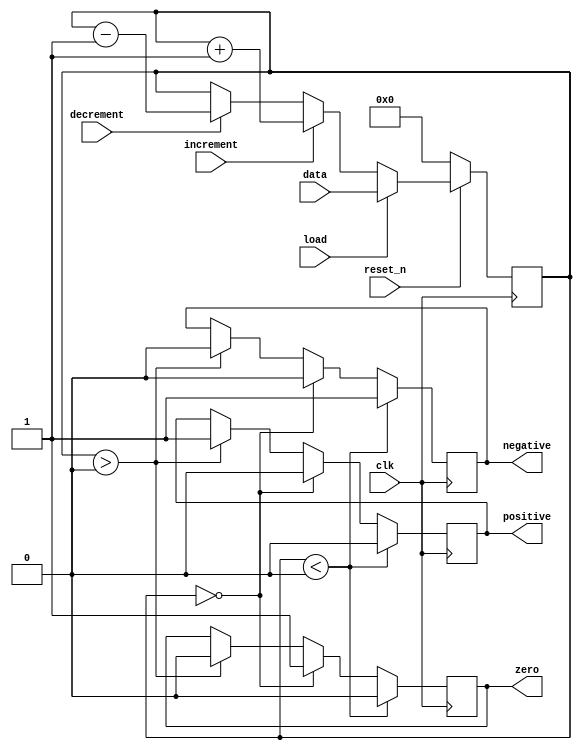
module temp_register (input clk, reset_n, load, increment, decrement, input [7:0] data,
					output reg negative, positive, zero);

reg signed [7:0] counter /*synthesis keep*/;

always@(posedge clk)
begin
	if (!reset_n) 
	counter <= 0;

	else if (load) 
	counter <= data;

	else if (increment) 
	counter <= counter + 8'b00000001;
	
	else if (decrement) 
	counter <= counter - 8'b00000001;
	
	if (counter < 0)
	begin 
		negative <= 1;
		positive <= 0;
		zero <= 0;
	end
	else if (counter == 0)
	begin
		zero <= 1;
		negative <= 0;
		positive <= 0;
	end
	else if (counter > 0)
	begin
		positive <= 1;
		negative <= 0;
		zero <= 0;
	end
end

endmodule